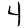
Digit: 4